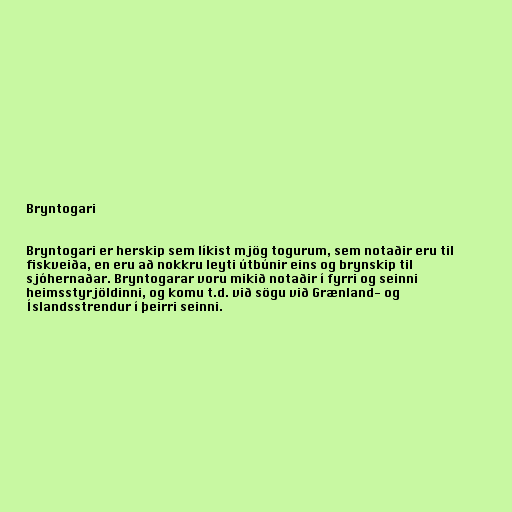
Bryntogari

Bryntogari er herskip sem líkist mjög togurum, sem notaðir eru til
fiskveiða, en eru að nokkru leyti útbúnir eins og brynskip til
sjóhernaðar. Bryntogarar voru mikið notaðir í fyrri og seinni
heimsstyrjöldinni, og komu t.d. við sögu við Grænland- og
Íslandsstrendur í þeirri seinni.